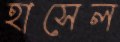
হাসেল